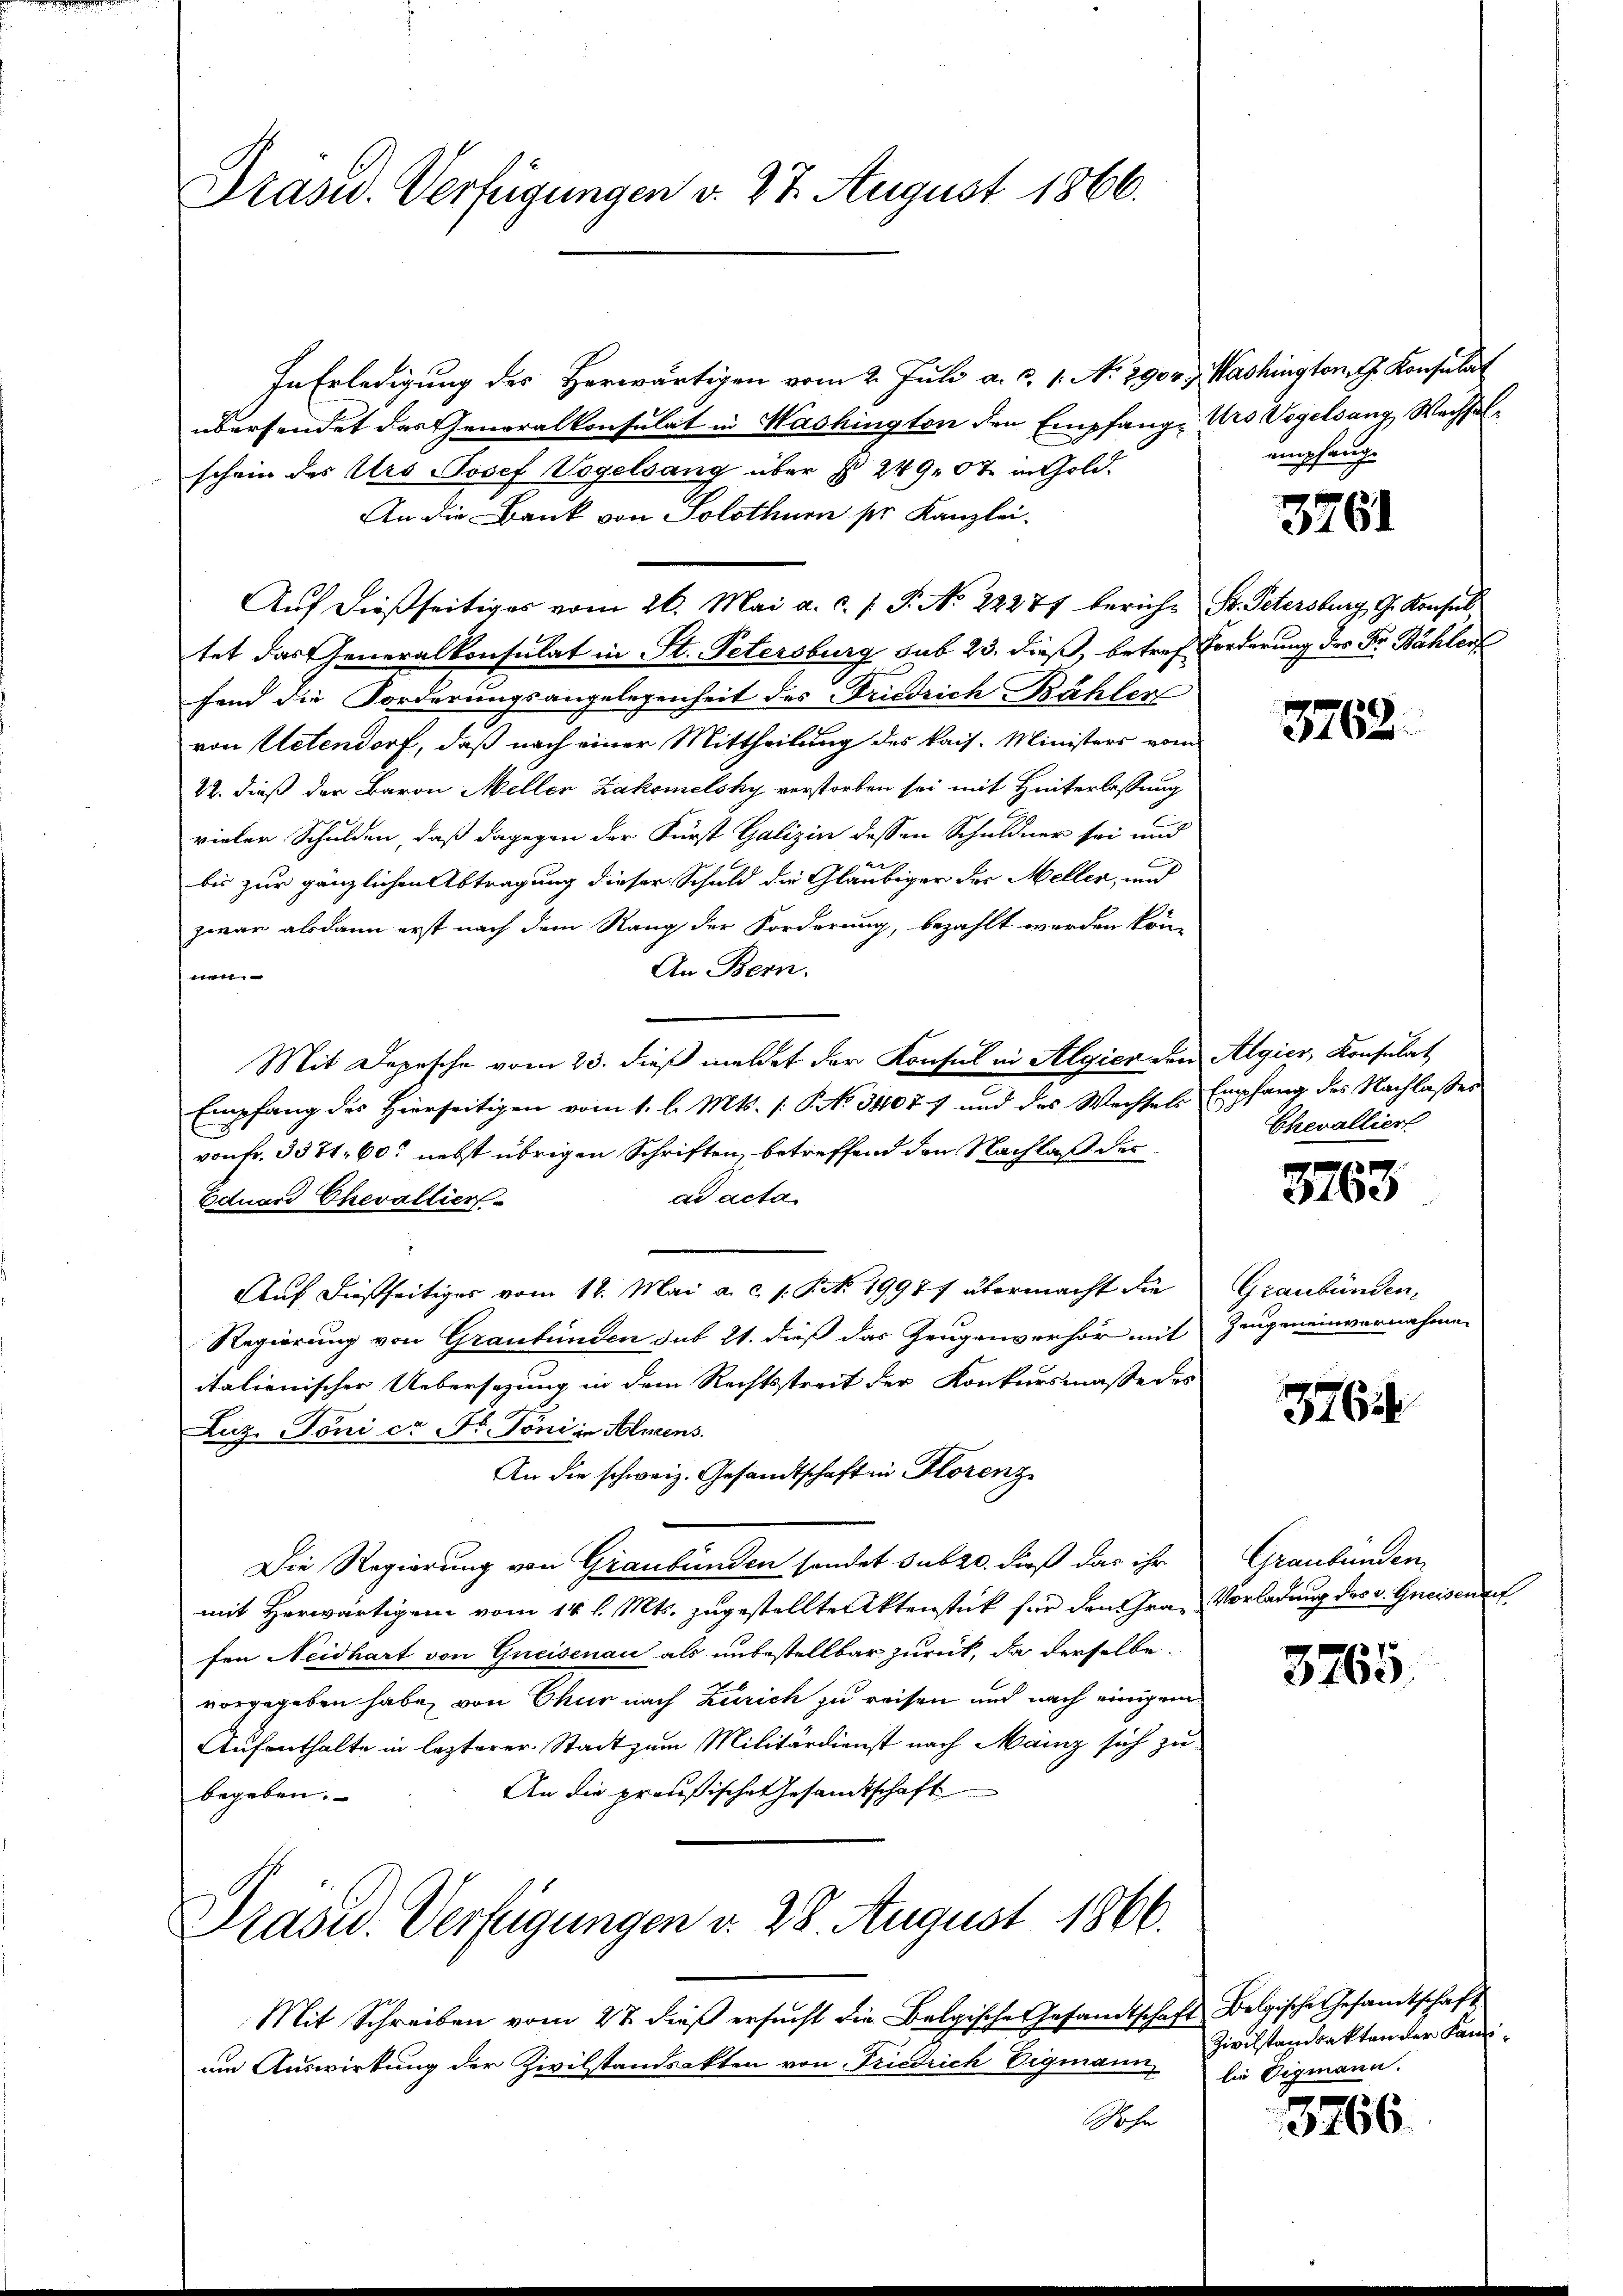
Präsid. Verfügungen d. 27. August 1866.

In Erledigung des Herwärtigen vom 2. Juli a. c. 1. No. 290, Washington J. Konsulat
übersendet das Generalkonsulat in Washington den Empfang Urs Vogelsang, Wachselschein des Urs Josef Vogelsang über § 249. 07 in Gold.
An die Bank von Solothurn pr. Kanzlei-
Auf dießseitiges vom 26. Mai a. c. s. S. No 22277 beruhe Sr. Petersburg, G. Konsul
tet das Generalkonsulat in St. Petersburg sub 23. dieß, betref Forderung des Fr. Bählen
fend die Forderungsangelegenheit des Friedrich Bähler
von Actendorf, daß nach einer Mittheilung des kais. Ministers vom
22. dieß der Baron Meller Zakomelsky verstorben sei mit Hinterlassung
vielen Schulden, daß dagegen der Fürst Galizin dessen Schuldner sei und
bis zur gänzlichen Abtragung dieser Schuld die Gläubiger des Meller, und
zwar alsdann erst nach dem Rang der Forderung, bezahlt werden kön-
An Bern.
nen
Mit Depesche vom 23. dieß meldet der Konsul in Algier den Algier, Konsulat
Empfang des Hierseitigen vom 1. l. Mts. (: P. No 34071 und des Wechsels Empfang des Nachlasses
von Fr. 3571. 60 nebst übrigen Schriften, betreffend den Nachlaß des
ad acta
Eduard Chevallier
Auf dießseitiges vom 12. Mai a. c. s. S. 19977 übermacht die
Regierung von Graubünden sub 21. dieß das Zeugenverhör mit
italienischer Uebersezung in dem Rechtsstreit der Konkursmasse des
Luz. Toni ca. N. Toni in Almens.
An die schweiz. Gesandtschaft in Florenz
Die Regierung von Graubünden sondet subzo. dieß das ihr
mit Herwärtigen vom 14. l. Mts. zugestellte Aktenstück für den Gra- Vorladung des v. Greisena
fen Neidhart von Gneisenau als unbestellbar zurück, da derselbe
vorgegeben habe, von Chur nach Zürich zu reisen und nach einigem
Aufenthalte in lezterer Stadt zum Militärdienst nach Mainz sich zu
An die preußischen Gesandtschaft
begeben.

Pasu. Verfügungen v. 28. August 1866.

Mit Schreiben vom 27. dieβ ersŭcht die Belgische Gesamtschaft Belgische Gesamtschaft
um Auswirkung der Zivilstandsakten von Friedrich Vigmann,
Sohn

emhang.

3761

3762.

Chevallier

3763

Graubünden.
Zeugeneinvernahmen

3762

Graubünden

3765.

Zivilstandsakten der Kanlie Vigmann.

3766.